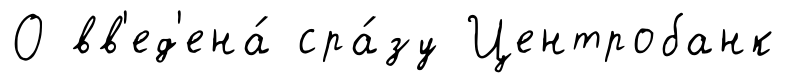
О вв'ед'ена́ сра́зу Центробанк